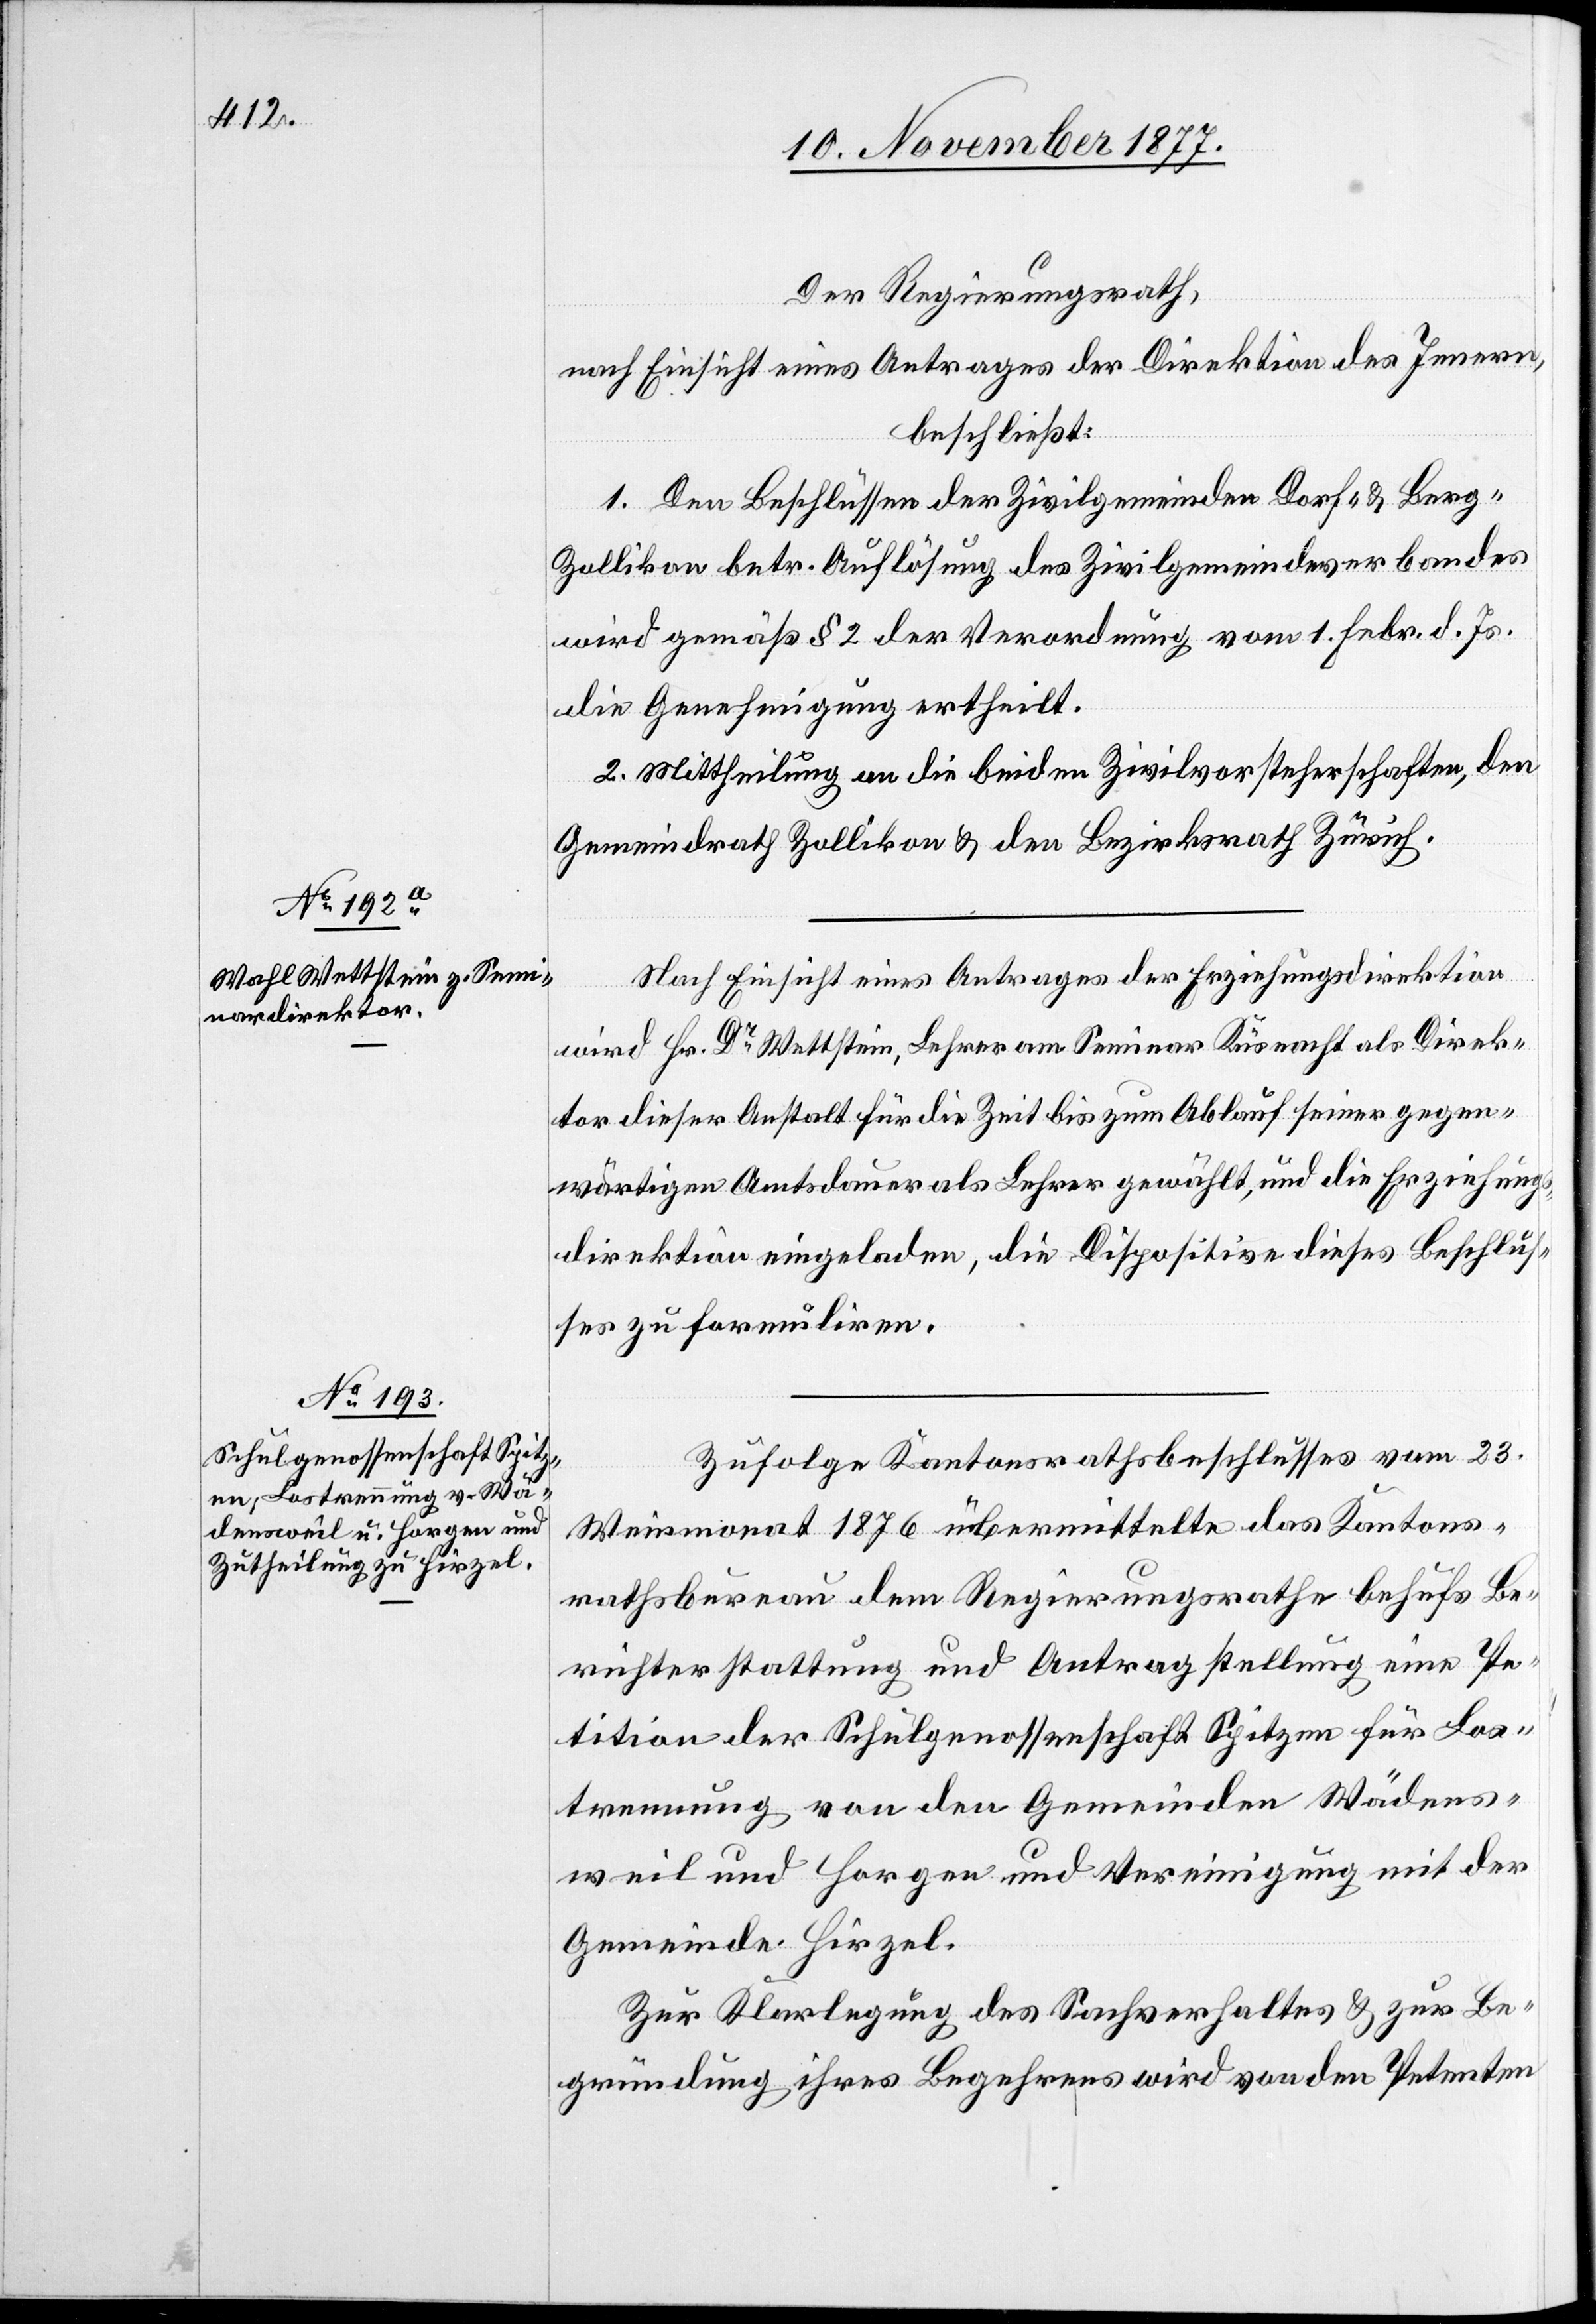
Der Regierungsrath,
nach Einsicht eines Antrages der Direktion des Innern,
beschließt:
1. Den Beschlüssen der Zivilgemeinden Dorf- & Berg-Z¬
ollikon betr. Auflösung des Zivilgemeindeverbandes
wird gemäß § 2 der Verordnung vom 1. Febr. d. Js.
die Genehmigung ertheilt.
2. Mittheilung an die beiden Zivilvorsteherschaften, den
Gemeindrath Zollikon & den Bezirksrath Zürich.
Nach Einsicht eines Antrages der Erziehungsdirektion
wird Hr. Dr Wettstein, Lehrer am Seminar Küsnacht als Direk¬
tor dieser Anstalt für die Zeit bis zum Ablauf seiner gegen¬
wärtigen Amtsdauer als Lehrer gewählt, und die Erziehung¬
sdirektion eingeladen, die Dispositive dieses Beschlus¬
ses zu formuliren.
Zufolge Kantonsrathsbeschlusses vom 23.
Weinmonat 1876 übermittelte das Kantons¬
rathsbureau dem Regierungsrathe behufs Be¬
richterstattung und Antragstellung eine Pe¬
tition der Schulgenossenschaft Spitzen für Los¬
trennung von den Gemeinden Wädens¬
weil und Horgen und Vereinigung mit der
Gemeinde Hirzel.
Zur Klarlegung des Sachverhaltes & zur Be¬
gründung ihres Begehrens wird von den Petenten